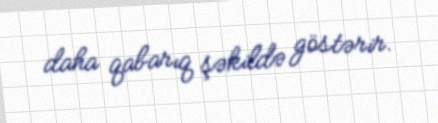
daha qabarıq şəkildə göstərir.